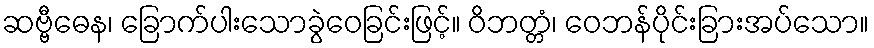
ဆဗ္ဗီဓေန၊ ခြောက်ပါးသောခွဲဝေခြင်းဖြင့်။ ဝိဘတ္တံ၊ ဝေဘန်ပိုင်းခြားအပ်သော။